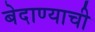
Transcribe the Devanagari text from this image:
बेदाण्याची